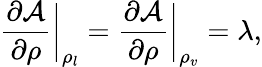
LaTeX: \frac{\partial\mathcal{A}}{\partial\rho}\bigg\vert_{\rho_{l}}=\frac{\partial\mathcal{A}}{\partial\rho}\bigg\vert_{\rho_{v}}=\lambda,